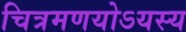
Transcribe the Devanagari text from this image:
चित्रमणयोऽयस्य